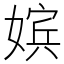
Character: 嫔